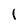
Character: l